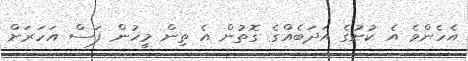
އެހެންވެ އެ ކުށުގެ އަދަބެއްގެ ގޮތުން އެ ތިން މީހުން ފަސް އަހަރަށް